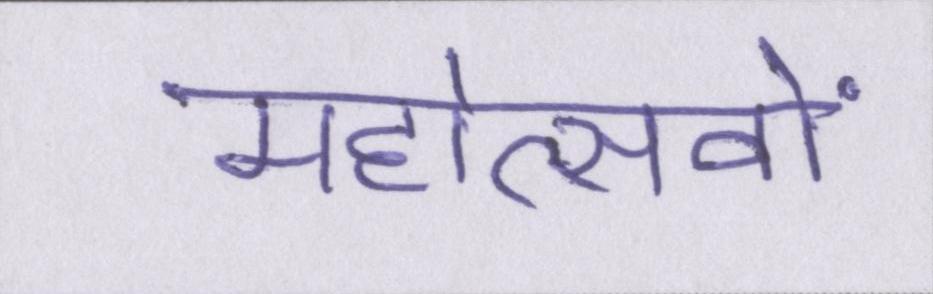
महोत्सवों